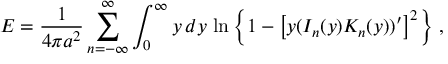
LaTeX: E = \frac { 1 } { 4 \pi a ^ { 2 } } \sum _ { n = - \infty } ^ { \infty } \int _ { 0 } ^ { \infty } y \, d y \, \ln \left\{ 1 - \left[ y ( I _ { n } ( y ) K _ { n } ( y ) ) ^ { \prime } \right] ^ { 2 } \right\} \, ,